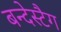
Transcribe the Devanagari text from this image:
बन्देस्टैग